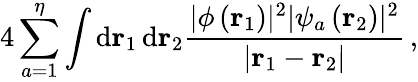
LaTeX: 4\sum_{a=1}^{\eta}\int\textrm{d}\mathbf r_{1}\, \textrm{d}\mathbf r_{2}\frac{|\phi\left(\mathbf r_{1}\right)|^{2}|\psi_{a}\left(\mathbf r_{2}\right)|^{2}}{\left|\mathbf r_{1}-\mathbf r_{2}\right|}\, ,